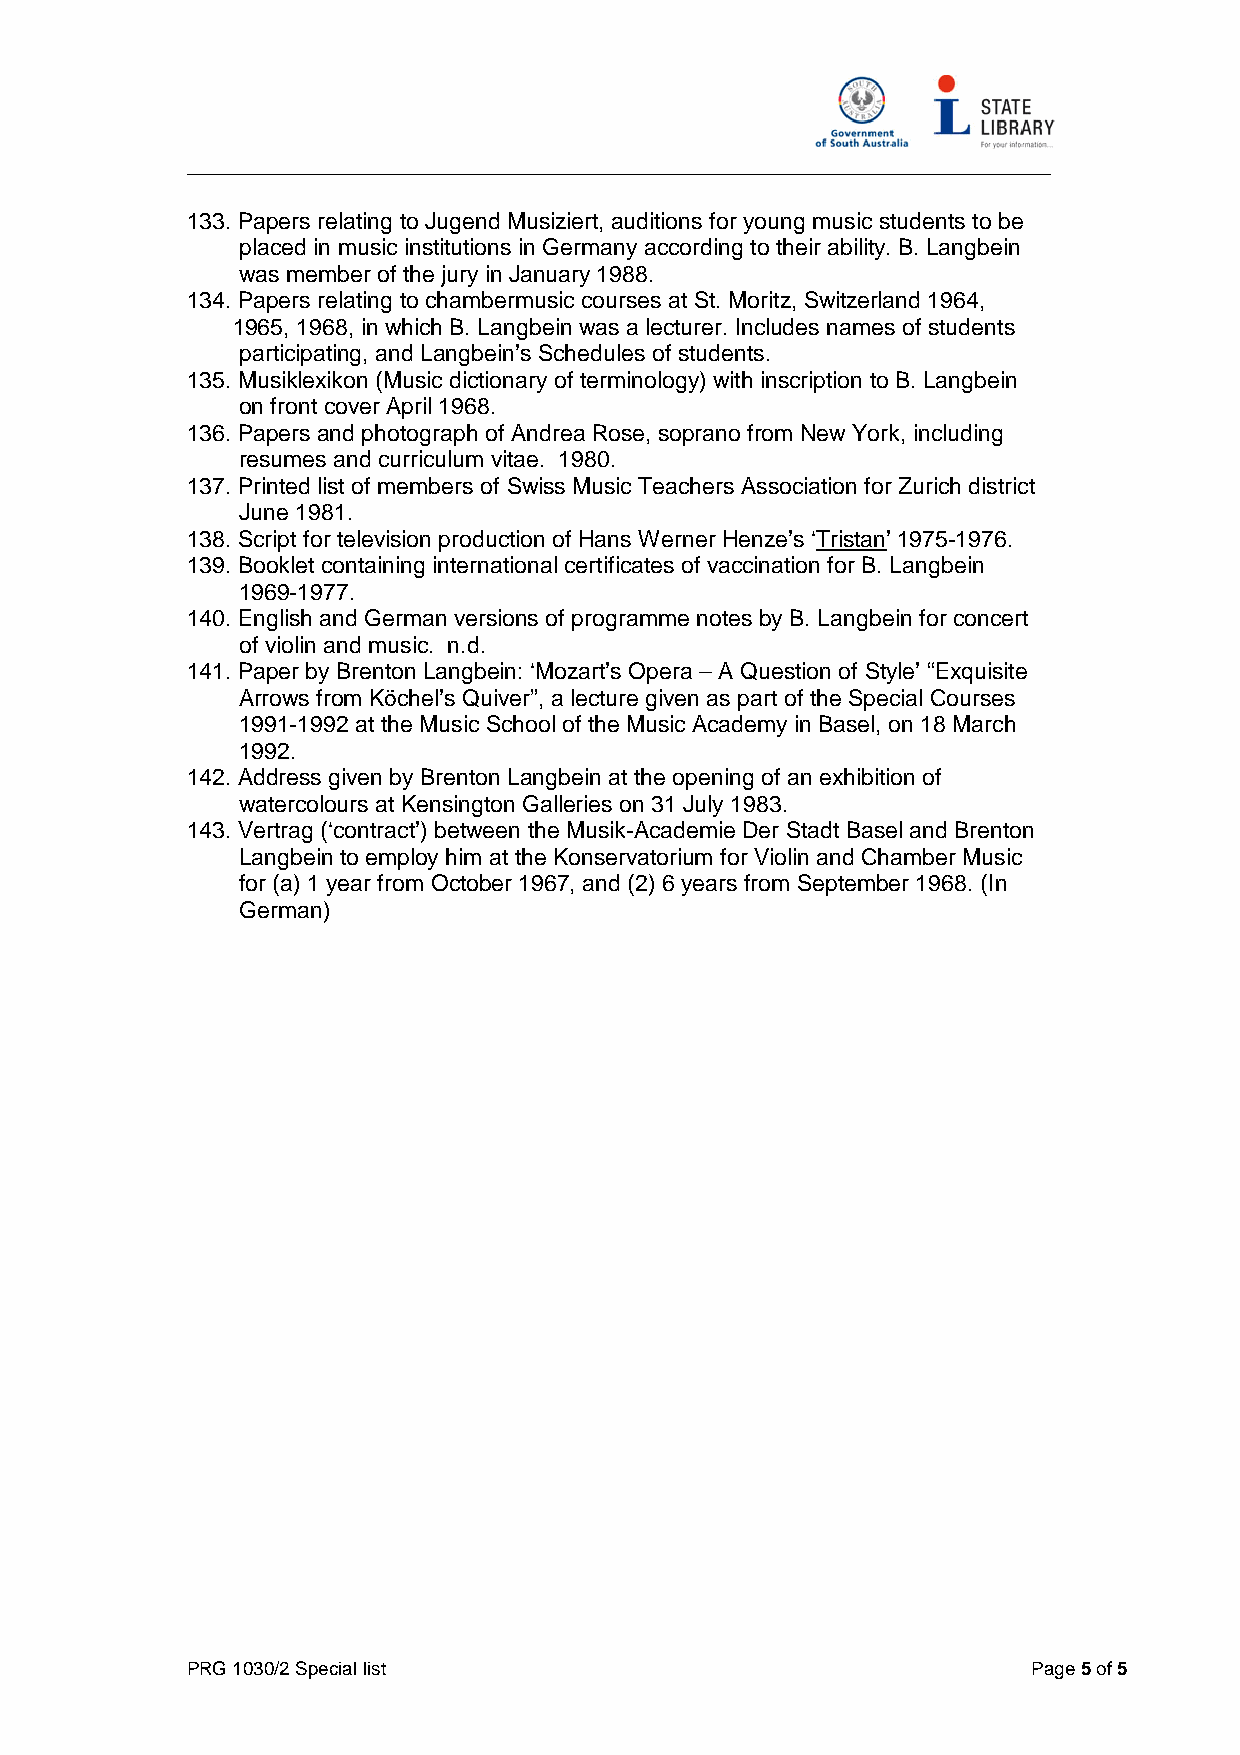
_____________________________________________________________________
 133. Papers relating to Jugend Musiziert, auditions for young music students to be
 placed in music institutions in Germanyaccording to their ability. B. Langbein
 was member of the juryin January1988.
 134. Papers relating to chambermusic courses at St. Moritz, Switzerland 1964,
 1965, 1968, in which B. Langbein was a lecturer. Includes names of students
 participating, and Langbein’s Schedules of students.
 135. Musiklexikon (Music dictionaryof terminology) with inscription to B. Langbein
 on front cover April 1968.
 136. Papers and photograph of Andrea Rose, soprano from NewYork, including
 resumes and curriculum vitae. 1980.
 137. Printed list of members of Swiss Music Teachers Association for Zurich district
 June 1981.
 138. Script for television production of Hans Werner Henze’s ‘Tristan’ 1975-1976.
 139. Booklet containing international certificates of vaccination for B. Langbein
 1969-1977.
 140. English and German versions of programme notes byB. Langbein for concert
 of violin and music. n.d.
 141. Paper byBrenton Langbein: ‘Mozart’s Opera – A Question of Style’ “Exquisite
 Arrows from Köchel’s Quiver”, a lecture given as part of the Special Courses
 1991-1992 at the Music School of the Music Academyin Basel, on 18 March
 1992.
 142. Address given byBrenton Langbein at the opening of an exhibition of
 watercolours at Kensington Galleries on 31 July1983.
 143. Vertrag (‘contract’) between the Musik-Academie Der Stadt Basel and Brenton
 Langbein to employhim at the Konservatorium for Violin and Chamber Music
 for (a) 1 year from October 1967, and (2) 6 years from September 1968. (In
 German)
 PRG1030/2Speciallist                                    Page5of5